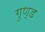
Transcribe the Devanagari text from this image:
गुण्ड